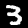
Label: 3